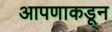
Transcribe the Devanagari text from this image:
आपणाकडून